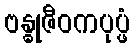
ဗန္ဓုဇီဝကပုပ္ဖံ